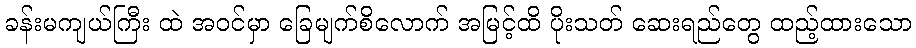
ခန်းမကျယ်ကြီး ထဲ အဝင်မှာ ခြေမျက်စိလောက် အမြင့်ထိ ပိုးသတ် ဆေးရည်တွေ ထည့်ထားသော